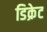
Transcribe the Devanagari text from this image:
डिक्रेट